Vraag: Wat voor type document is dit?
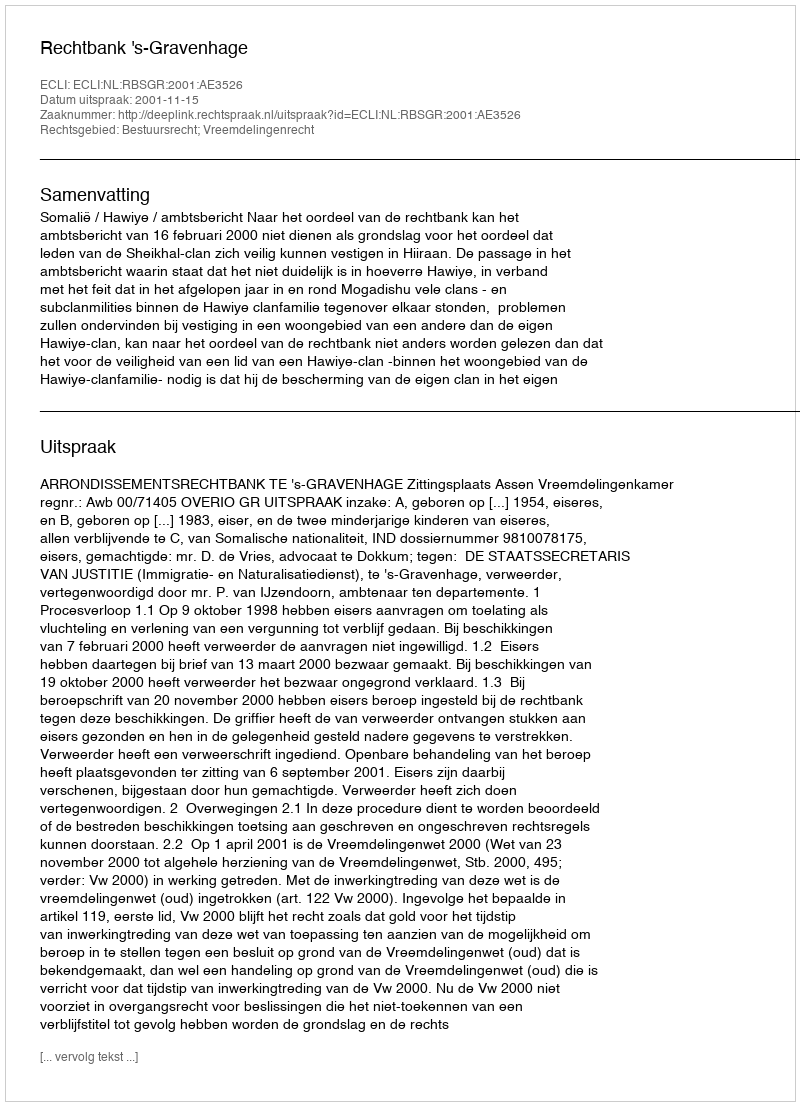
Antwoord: Uitspraak